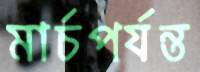
মার্চপর্যন্ত